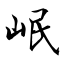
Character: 岷